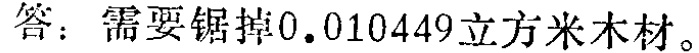
答：需要锯掉\(0.010449\)立方米木材。